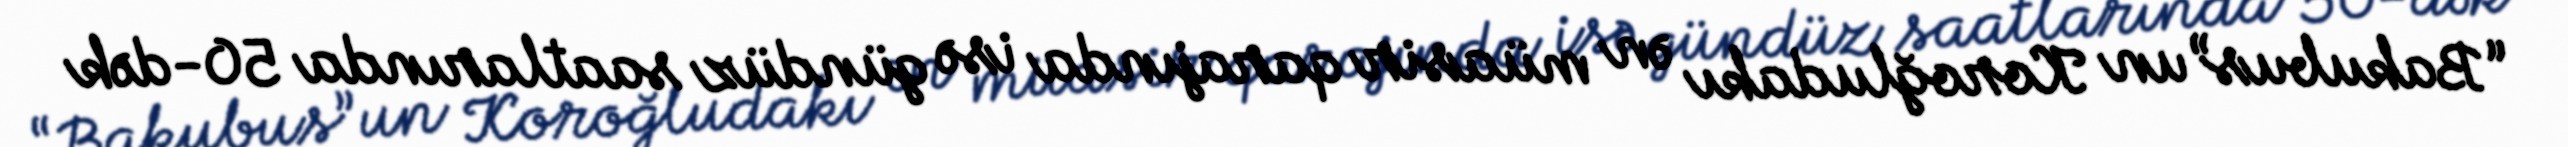
“Bakubus”un Koroğludakı ən müasir qarajında isə gündüz saatlarında 50-dək